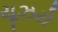
યૂઝરો